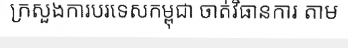
ក្រសួងការបរទេសកម្ពុជា ចាត់វិធានការ តាម